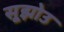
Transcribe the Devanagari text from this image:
सूझोउ